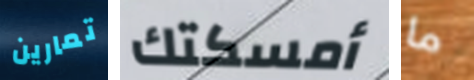
تمارين أمسكتك ما